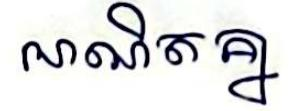
អាណិតគ្នា